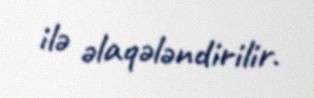
ilə əlaqələndirilir.